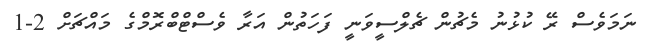
ނަމަވެސް ރޭ ކުޅުނު މެޗުން ޗެލްސީވަނީ ފަހަތުން އަރާ ވެސްޓްބްރޮމްގެ މައްޗަށް 2-1